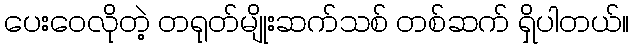
ပေးဝေလိုတဲ့ တရုတ်မျိုးဆက်သစ် တစ်ဆက် ရှိပါတယ်။